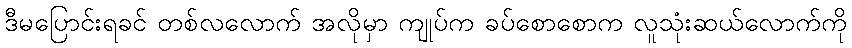
ဒီမပြောင်းရခင် တစ်လလောက် အလိုမှာ ကျုပ်က ခပ်စောစောက လူသုံးဆယ်လောက်ကို